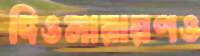
দিওনারায়ণও